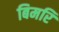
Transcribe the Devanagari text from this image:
बिमरि